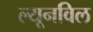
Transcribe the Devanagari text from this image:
ल्यूनविल